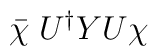
\bar{\chi}\;U^\dag YU\chi